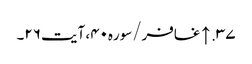
۳۷. ↑ غافر/سوره۴۰، آیت ۲۶۔